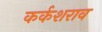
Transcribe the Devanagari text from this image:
कर्कशराव